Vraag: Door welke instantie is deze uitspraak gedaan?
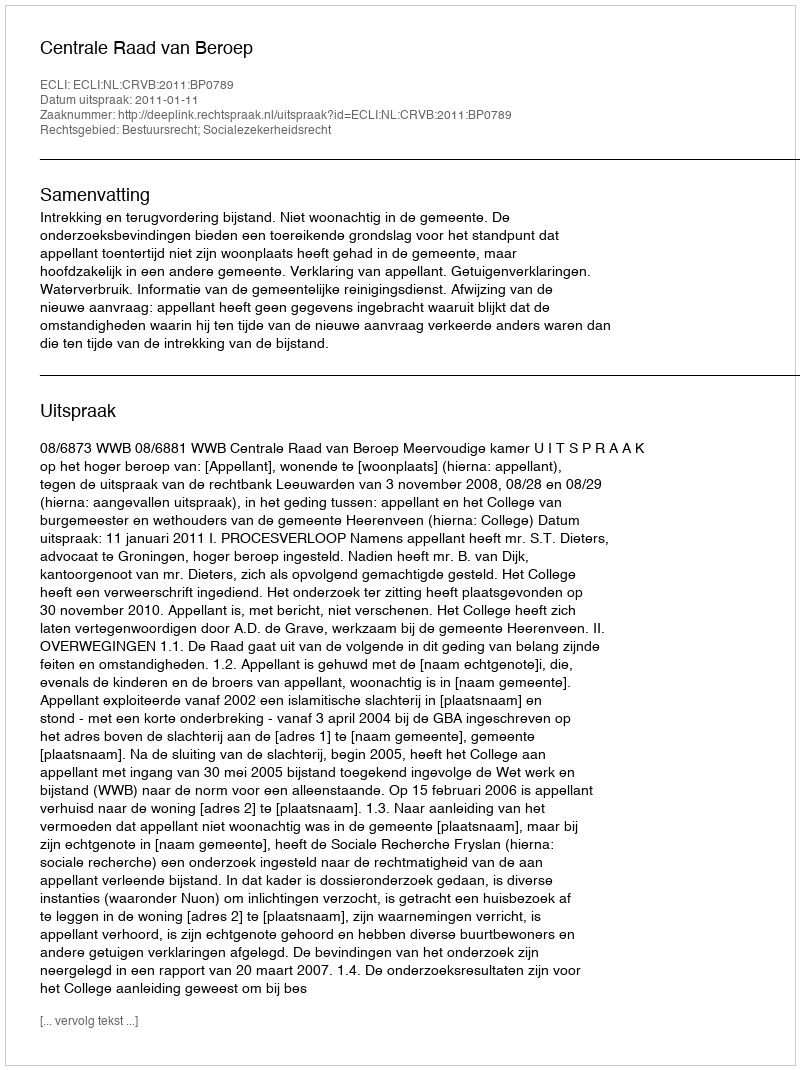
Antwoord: Centrale Raad van Beroep